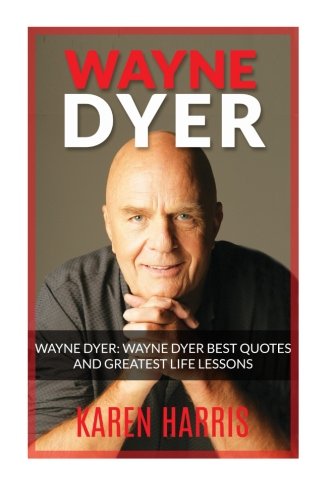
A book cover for Wayne Dyer: Wayne Dyer Best Quotes and Greatest Life Lessons; Karen Harris; Religion & Spirituality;